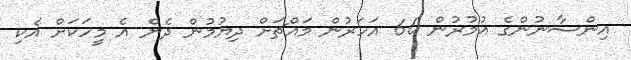
އިންސާނުންގެ އުމުރުން 60 އަހަރުން މައްޗަށް ދިޔުމުން ދެން އެ މީހަކަށް އެކި